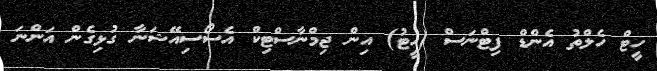
ހީޓް ހެލްތު އެންޑް ފިޓްނަސް (ހީޓު) އިން ޖިމްނާސްޓިކް އެސޯސިއޭޝަނާ ގުޅިގެން އަންނަ